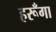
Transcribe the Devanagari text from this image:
हरूँगा